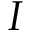
I